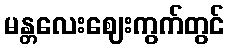
မန္တလေးဈေးကွက်တွင်